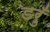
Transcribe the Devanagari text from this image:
डरुँ